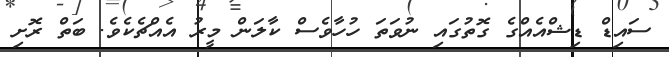
ސައިޑް ޑިޝްއެއްގެ ގޮތުގައި ނުވަތަ ހުހާވެސް ކާލަން މީރު އެއްޗެކެވެ. ބަތް ރޮށި